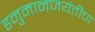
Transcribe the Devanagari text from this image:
हनुमानजयंतीचा